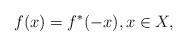
LaTeX: \begin{align*}f(x)=f^*(-x), x\in X,\end{align*}